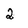
Character: 2